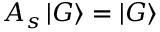
A _ { s } \mathinner { | { G } \rangle } = \mathinner { | { G } \rangle }